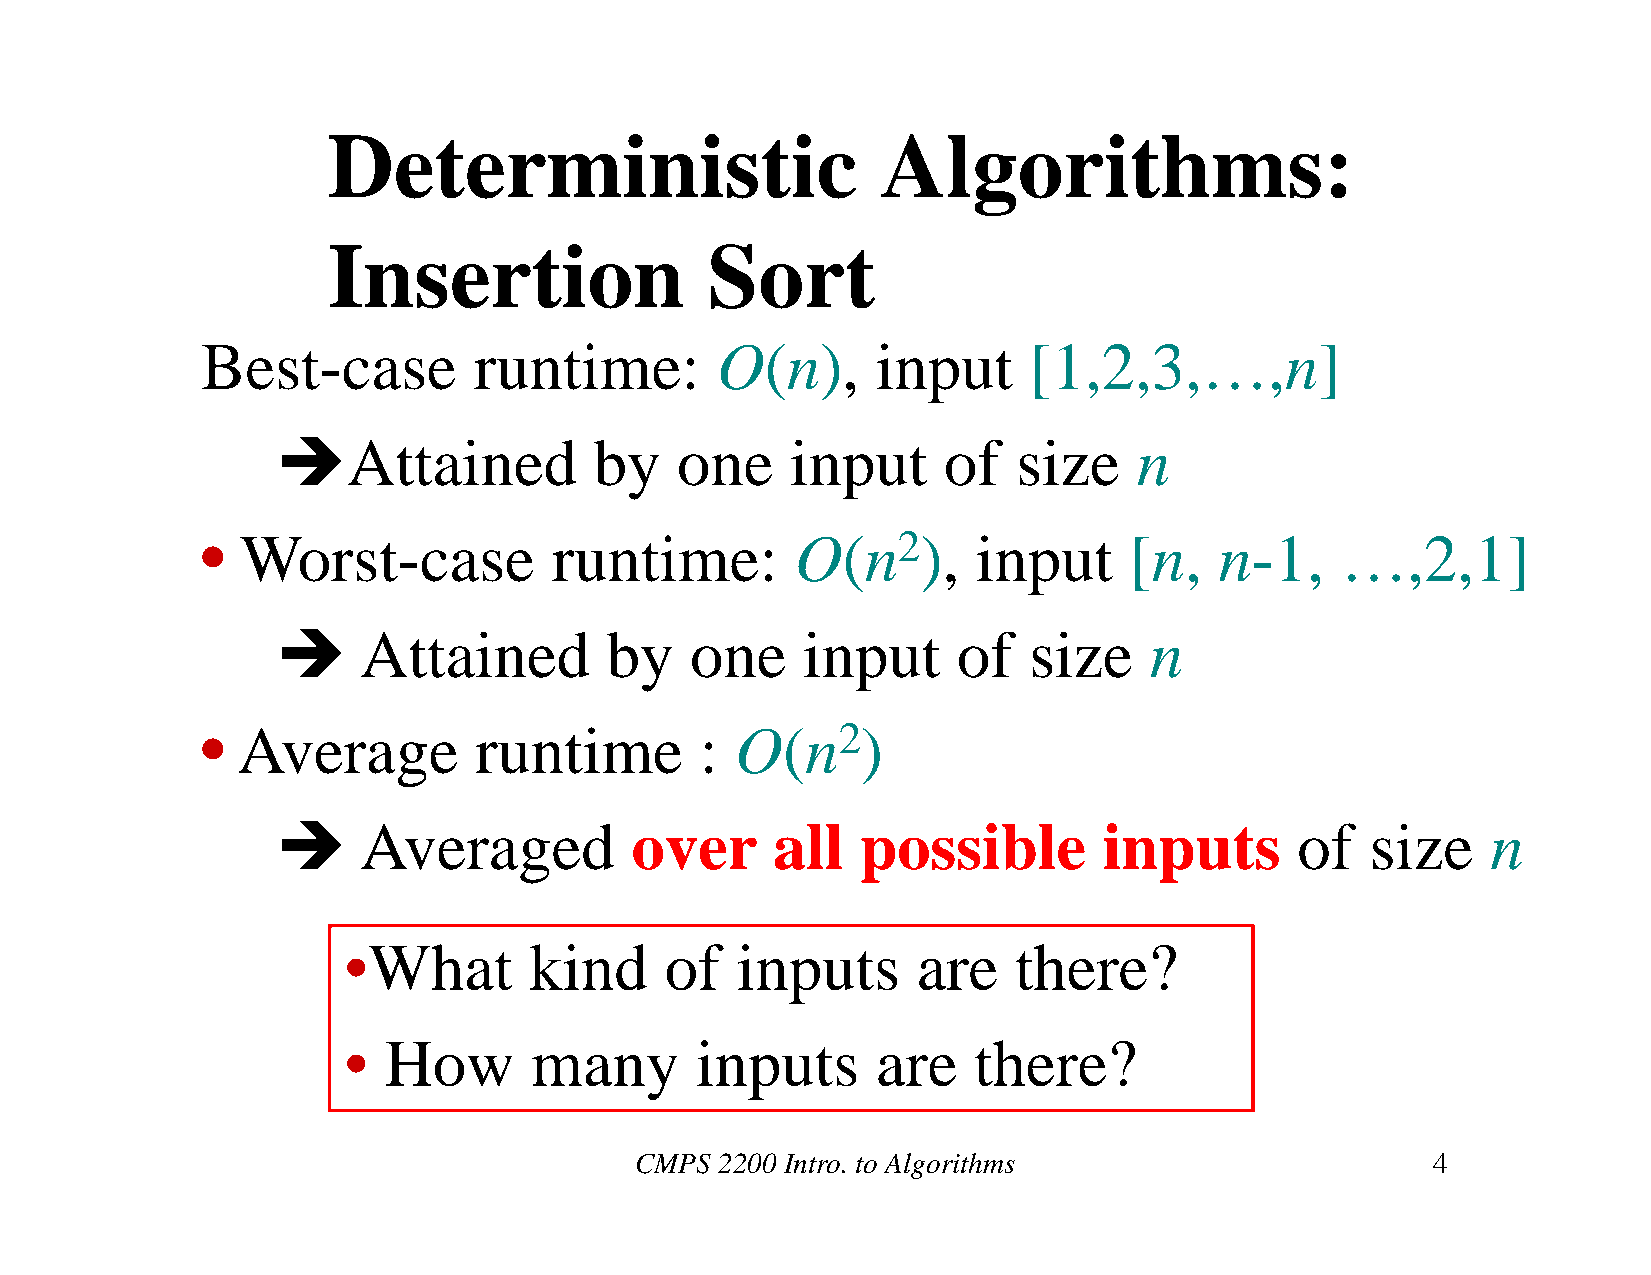
Deterministic                       Algorithms:
 Insertion                Sort
 Best-case         runtime:        O(n),      input     [1,2,3,…,n]
 Attained            by    one    input     of   size    n
 •  Worst-case           runtime:        O(n2),      input     [n,   n-1,    …,2,1]
      Attained        by    one    input     of   size    n
 •  Average        runtime        :  O(n2)
      Averaged          over     all   possible        inputs       of   size    n
 •What       kind     of   inputs      are   there?
 • How       many       inputs      are   there?
 CMPS  2200 Intro. to Algorithms                      4